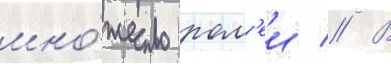
мно́жество рол'еи // В